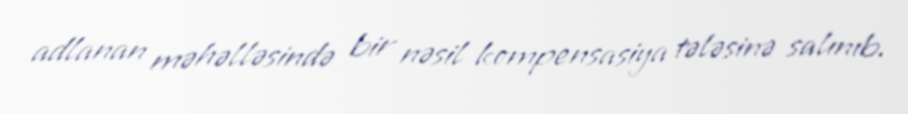
adlanan məhəlləsində bir nəsil kompensasiya tələsinə salınıb.